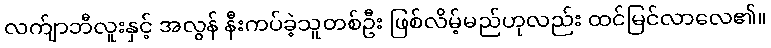
လက်ျာဘီလူးနှင့် အလွန် နီးကပ်ခဲ့သူတစ်ဦး ဖြစ်လိမ့်မည်ဟုလည်း ထင်မြင်လာလေ၏။